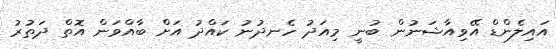
އައިލެންޑް އޭވިއާޝަނުން ބުނީ މިއަދު ހެނދުނު ކައްދު އަށް ބާއްވަން އޮތް ދަތުރު